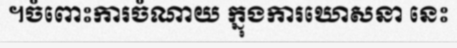
។ចំពោះការចំណាយ ក្នុងការឃោសនា នេះ